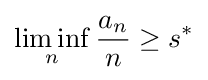
\liminf _{n}{\frac {a_{n}}{n}}\geq s^{*}